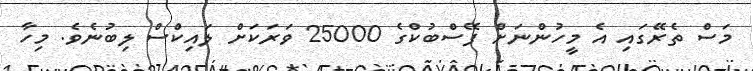
މަސް ތެރޭގައި އެ މީހުންނަށް ފޭސްބުކްގެ 25000 ވަރަކަށް ލައިކްސް ލިބުނެވެ. މިހާ